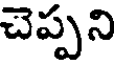
చెప్పని